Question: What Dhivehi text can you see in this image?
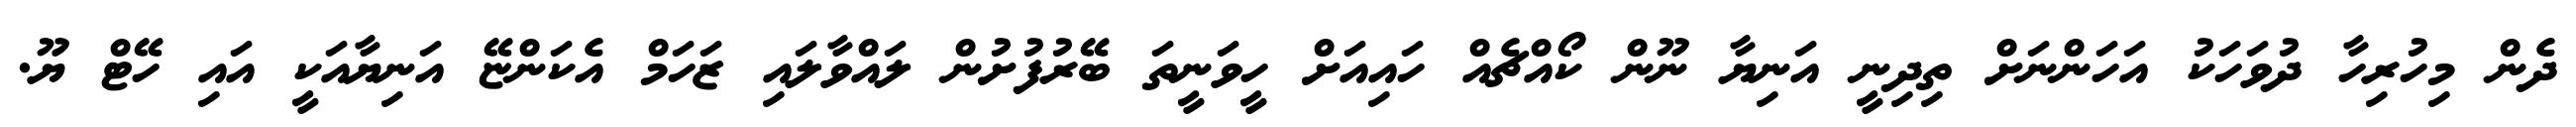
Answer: ދެން މިހުރިހާ ދުވަހަކު އަހަންނަށް ތިދިނީ އަނިޔާ ނޫން ކޯއްޗެއް ހައިއަށް ހީވަނީތަ ބޭރުފުށުން ލައްވާލައި ޒަހަމް އެކަންޏޭ އަނިޔާއަކީ އައި ހޭޓް ޔޫ.